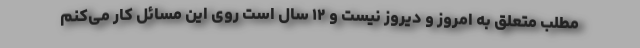
مطلب متعلق به امروز و دیروز نیست و ۱۲ سال است روی این مسائل کار می‌کنم